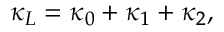
\kappa _ { L } = \kappa _ { 0 } + \kappa _ { 1 } + \kappa _ { 2 } ,